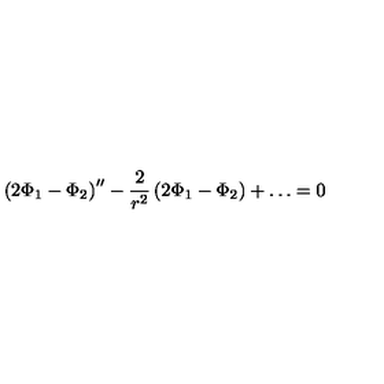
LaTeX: \left( 2 \Phi _ { 1 } - \Phi _ { 2 } \right) ^ { \prime \prime } - \frac { 2 } { r ^ { 2 } } \left( 2 \Phi _ { 1 } - \Phi _ { 2 } \right) + \ldots = 0